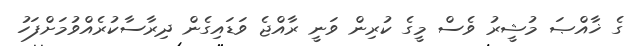
ގެ ޚާއްޞަ މުޝީރު ވެސް މީގެ ކުރިން ވަނީ ރާއްޖެ ވަޑައިގެން ދިރާސާކުރެއްވުމަށްފަހު